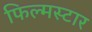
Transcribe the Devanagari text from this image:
फिल्मस्टार